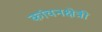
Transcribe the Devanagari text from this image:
कांचनक्षेत्री